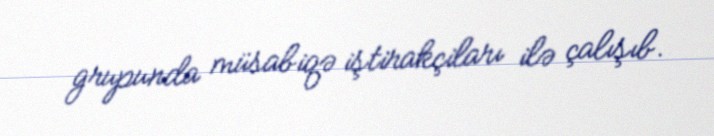
grupunda müsabiqə iştirakçiları ilə çalışıb.